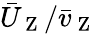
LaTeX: \bar{U}_{\mathrm{~Z~}}/\bar{v}_{\mathrm{~Z~}}